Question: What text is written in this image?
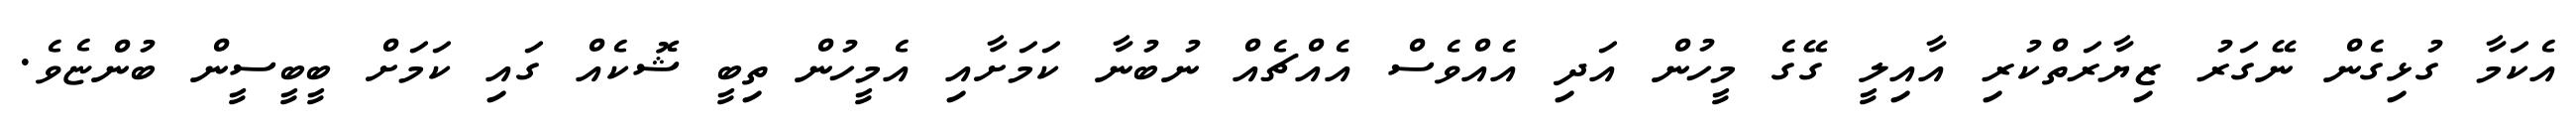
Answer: އެކަމާ ގުޅިގެން ނޭގަރު ޒިޔާރަތްކުރި އާއިލީ ގޭގެ މީހުން އަދި އެއްވެސް އެއްޗެއް ނުބުނާ ކަމަށާއި އެމީހުން ތިބީ ޝޮކެއް ގައި ކަމަށް ބީބީސީން ބުންޏެވެ.